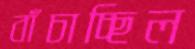
বাঁচাচ্ছিল